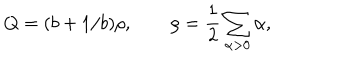
LaTeX: Q = ( b + 1 / b ) \rho , \qquad \rho = \frac 1 2 \sum _ { \alpha > 0 } \alpha ,